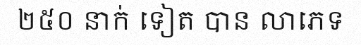
២៥០ នាក់ ទៀត បាន លាភេទ